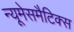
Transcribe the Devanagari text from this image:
न्यूमेसमैटिक्स